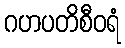
ဂဟပတိစီဝရံ